Indian journal of veterinary science and animal husbandry - Volume 9,
Year: 1939
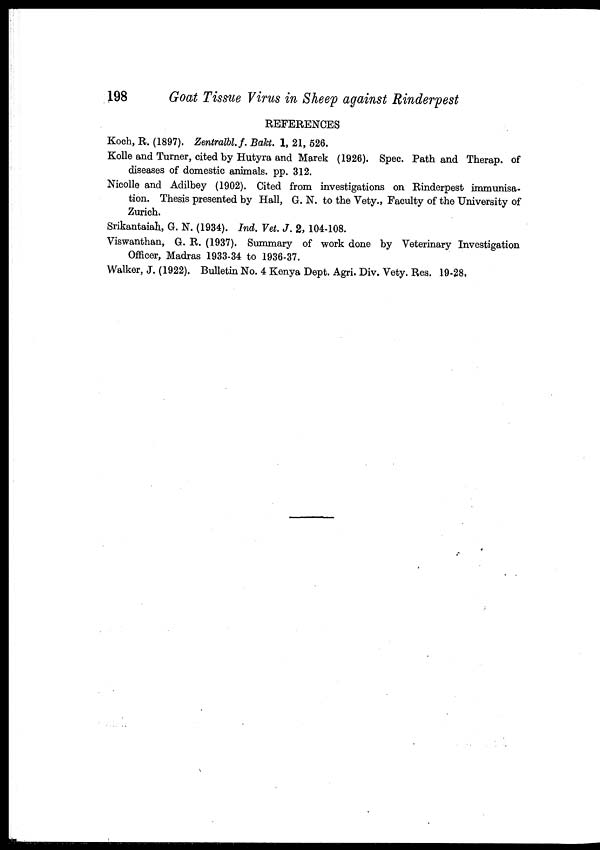
198
Goat Tissue Virus in Sheep against Rinderpest
REFERENCES
Koch, R. (1897). Zentralbl. f. Bakt. 1, 21, 526.
Kolle and Turner, cited by Hutyra and Marek (1926). Spec. Path and Therap. of
diseases of domestic animals. pp. 312.
Nicolle and Adilbey (1902). Cited from investigations on Rinderpest immunisa-
tion. Thesis presented by Hall, G. N. to the Vety., Faculty of the University of
Zurich.
Srikantaiah, G. N. (1934). Ind. Vet. J. 2, 104-108.
Viswanthan, G. R. (1937). Summary of work done by Veterinary Investigation
Officer, Madras 1933-34 to 1936-37.
Walker, J. (1922). Bulletin No. 4 Kenya Dept. Agri. Div. Vety. Res. 19-28,